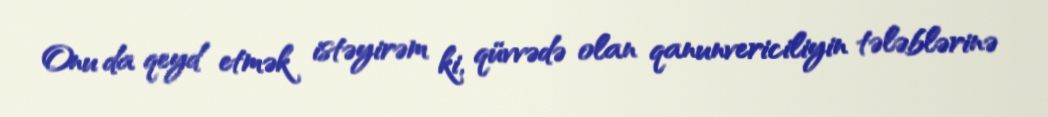
Onu da qeyd etmək istəyirəm ki, qüvvədə olan qanunvericiliyin tələblərinə